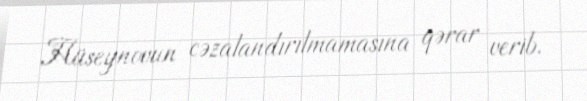
Hüseynovun cəzalandırılmamasına qərar verib.